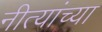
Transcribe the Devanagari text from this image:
नीत्यांच्या